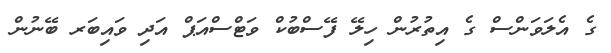
ގެ އެލަވަންސް ގެ އިތުރުން ހިލޭ ފޭސްބުކް ވަޓްސްއަޕް އަދި ވައިބަރ ބޭނުން